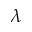
\lambda